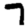
Digit: 7